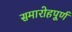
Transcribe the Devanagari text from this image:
समारोहपूर्ण